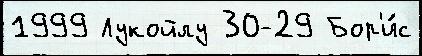
1999 Лукойлу 30-29 Бор'и́с